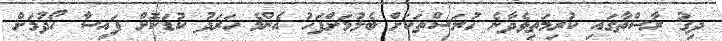
ދިގު ރާސްތާގައި ކުރިމަތިވެދާނެ ހުރަސްތަކަށް ބެލުމަށްފަހު އެންމެ ހަރަދު ކުޑަކޮށް ފައިސާ ހޯދުމަށް